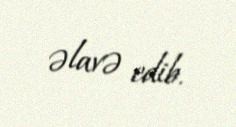
əlavə edib.